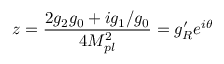
z = \frac { 2 g _ { 2 } g _ { 0 } + i g _ { 1 } / g _ { 0 } } { 4 M _ { p l } ^ { 2 } } = g _ { R } ^ { \prime } e ^ { i \theta }